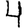
Digit: 4